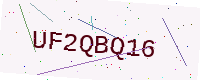
Text: UF2QBQ16